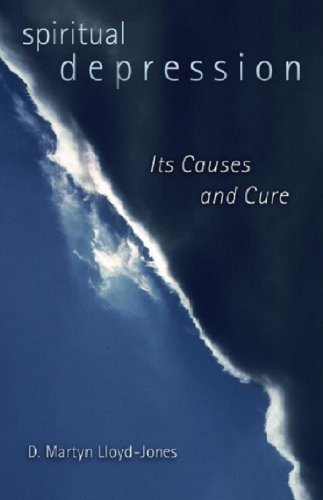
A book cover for Spiritual Depression: Its Causes and Its Cure; David Martyn Lloyd-Jones; Cookbooks, Food & Wine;